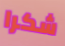
شكرا